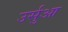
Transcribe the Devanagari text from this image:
उर्सुआ